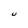
Character: U